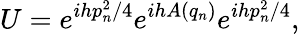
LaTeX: U=e^{ihp_{n}^{2}/4}e^{ihA(q_{n})}e^{ihp_{n}^{2}/4},